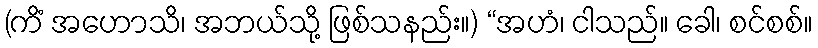
(ကိံ အဟောသိ၊ အဘယ်သို့ ဖြစ်သနည်း။) “အဟံ၊ ငါသည်။ ခေါ၊ စင်စစ်။